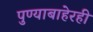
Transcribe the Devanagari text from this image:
पुण्याबाहेरही